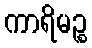
ကာရိမဉ္စ